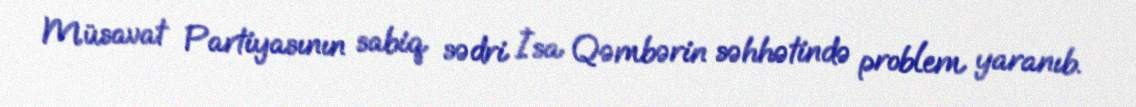
Müsavat Partiyasının sabiq sədri İsa Qəmbərin səhhətində problem yaranıb.